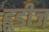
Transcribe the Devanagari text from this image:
हूडीज